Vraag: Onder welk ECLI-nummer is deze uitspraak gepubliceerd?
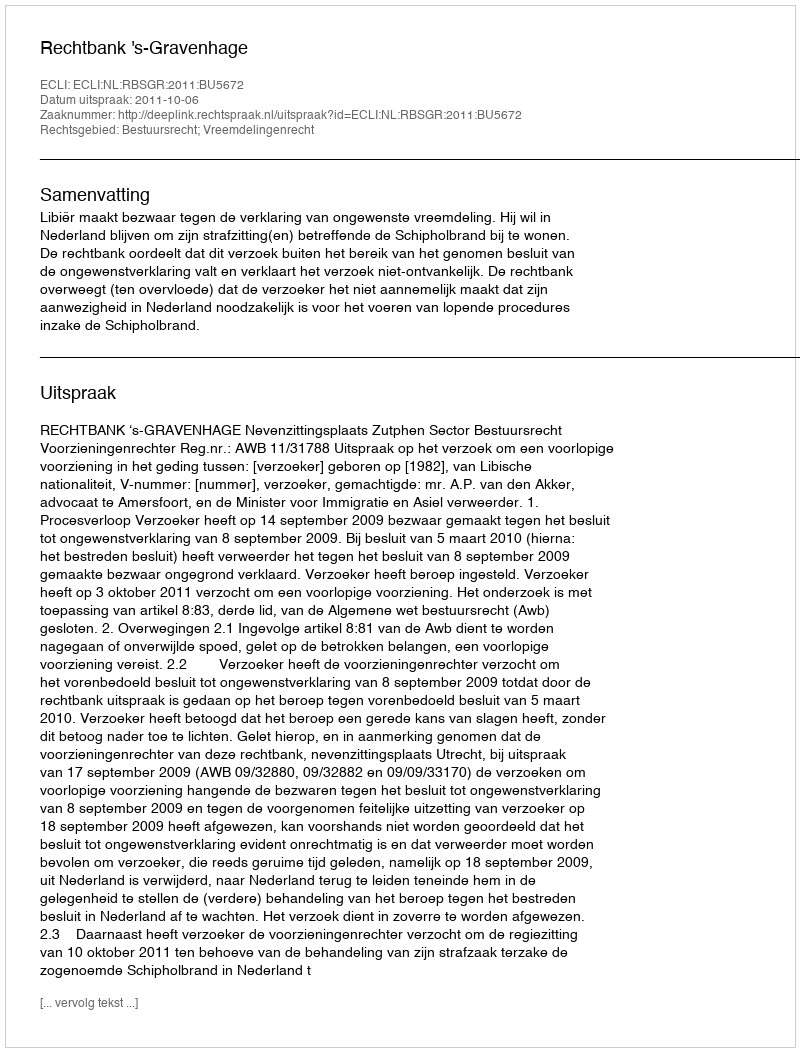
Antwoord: ECLI:NL:RBSGR:2011:BU5672